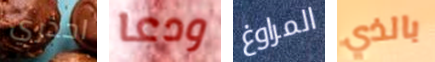
احذري ودعا المراوغ بالذي